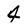
Character: 4